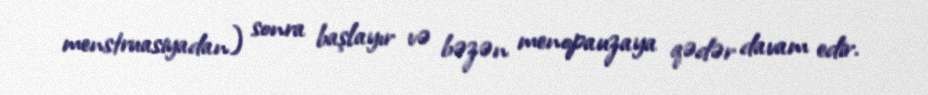
menstruasiyadan) sonra başlayır və bəzən menopauzaya qədər davam edir.